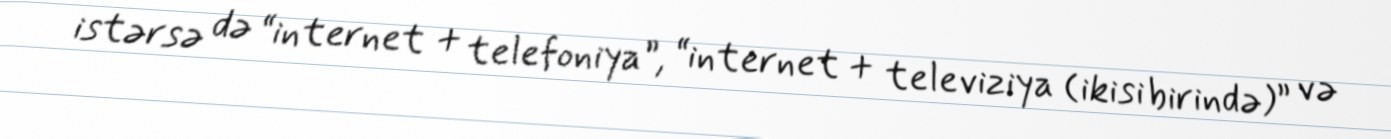
istərsə də “internet + telefoniya”, “internet + televiziya (ikisi birində)” və